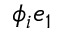
\phi _ { i } e _ { 1 }